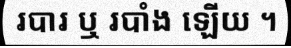
របារ ឬ របាំង ឡើយ ។